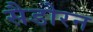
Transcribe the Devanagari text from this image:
सैडोरन